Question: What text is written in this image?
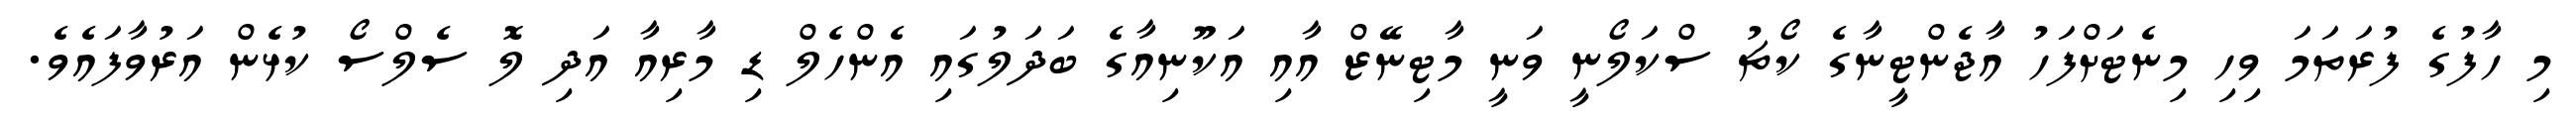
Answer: މި ހާފުގެ ފުރަތަމަ ވިހި މިނެޓަށްފަހު އާޖެންޓީނާގެ ކޯޗު ސްކަލޯނީ ވަނީ މާޓިނޭޒް އާއި އަކޫނިއާގެ ބަދަލުގައި އެންހެލް ޑި މާރިއާ އަދި ލޮ ސެލްސޯ ކުޅެން އަރުވާފައެވެ.